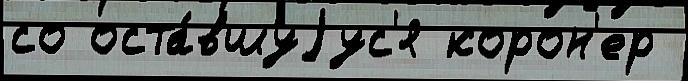
со оста́вшуjус'я корон'ер